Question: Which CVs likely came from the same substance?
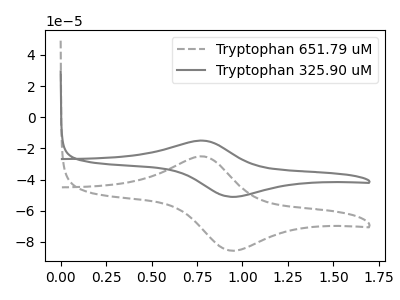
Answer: <think>The gray dashed curve "Tryptophan 651.79 uM" has an anodic peak at (0.75V, -25.10uA) and a cathodic peak at (0.95V, -85.55uA). The gray curve "Tryptophan 325.90 uM" has an anodic peak at (0.75V, -14.95uA) and a cathodic peak at (0.95V, -51.05uA).
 All the peaks in "Tryptophan 651.79 uM" have a peak in "Tryptophan 325.90 uM" at the same potential.</think>
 <answer>"Tryptophan 651.79 uM" and "Tryptophan 325.90 uM" have the same shape and are likely CV's of the same chemical.</answer>
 <eval>"Tryptophan 651.79 uM" "Tryptophan 325.90 uM"</eval>